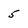
Character: 5